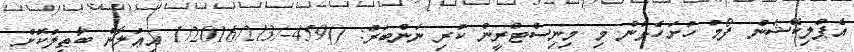
އެޕްލިކޭޝަން ފޯމު ހުށަހެޅުން މި މިނިސްޓްރީން ކުރި ނަންބަރު: ()459-/1/2016/213 އިޢުލާން ބާޠިލުކޮށް